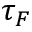
\tau _ { F }